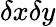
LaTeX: \delta x\delta y